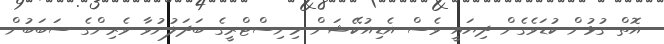
އޮތް ގުޅުން ކުޑަވެގެން ދިޔައީ ވެސް އެޑިއުކޭޝަން މިނިސްޓްރީގެ ބަދަލުނުވާ ވެރިންގެ ސަބަބުން